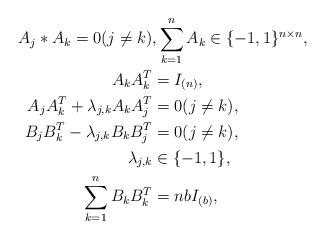
LaTeX: \begin{align*} A_j \ast A_k = 0 (j \neq k)&, \sum_{k=1}^n A_k \in \{-1,1\}^{n \times n},\\ A_k A_k^T &= I_{(n)},\\ A_j A_k^T + \lambda_{j,k} A_k A_j^T &= 0 (j \neq k),\\ B_j B_k^T - \lambda_{j,k} B_k B_j^T &= 0 (j \neq k),\\ \lambda_{j,k} &\in \{-1,1\},\\\sum_{k=1}^n B_k B_k^T &= n b I_{(b)},\end{align*}